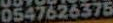
0547626375